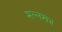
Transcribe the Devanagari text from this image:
मल्लखंभ